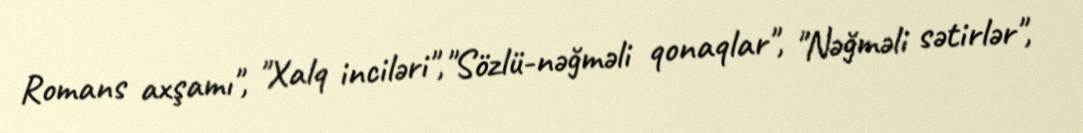
Romans axşamı", "Xalq inciləri","Sözlü-nəğməli qonaqlar", "Nəğməli sətirlər",